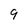
Character: 9